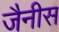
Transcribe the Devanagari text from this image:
जैनीस